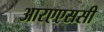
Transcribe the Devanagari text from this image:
आरएएससी